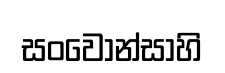
සංවොන්සාහි